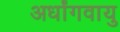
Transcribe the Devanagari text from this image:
अर्धांगवायु